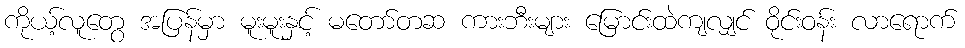
ကိုယ့်လူတွေ အပြန်မှာ မူးမူးနှင့် မတော်တဆ ကားဘီးများ မြောင်းထဲကျလျှင် ဝိုင်းဝန်း လာရောက်